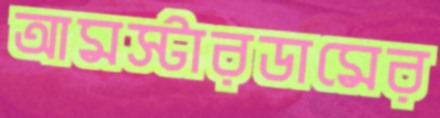
আমস্টারডামের